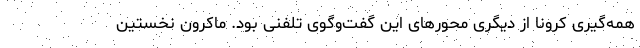
همه‌گیری کرونا از دیگری محورهای این گفت‌وگوی تلفنی بود. ماکرون نخستین